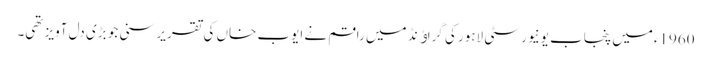
1960ءمیں پنجاب یونیورسٹی لاہور کی گراﺅنڈ میں راقم نے ایوب خاں کی تقریر سنی جو بڑی دل آویز تھی۔